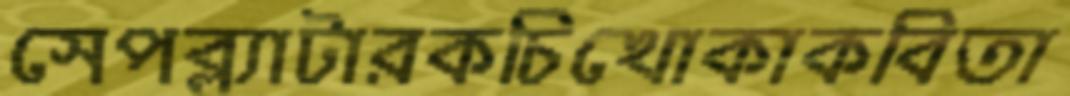
সেপব্ল্যাটারকচিখোকাকবিতা